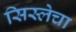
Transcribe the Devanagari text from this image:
सिस्लेचा